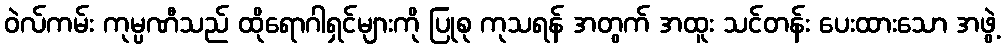
ဝဲလ်ကမ်း ကုမ္ပဏီသည် ထိုရောဂါရှင်များကို ပြုစု ကုသရန် အတွက် အထူး သင်တန်း ပေးထားသော အဖွဲ့